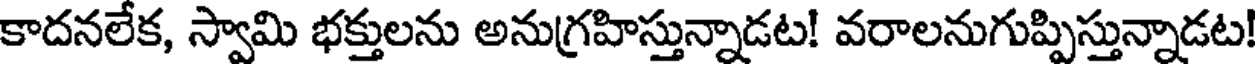
కాదనలేక, స్వామి భక్తులను అనుగ్రహిస్తున్నాడట! వరాలనుగుప్పిస్తున్నాడట!